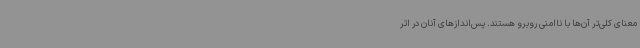
معنای کلی‌تر آن‌ها با ناامنی روبرو هستند. پس‌اندازهای آنان در اثر